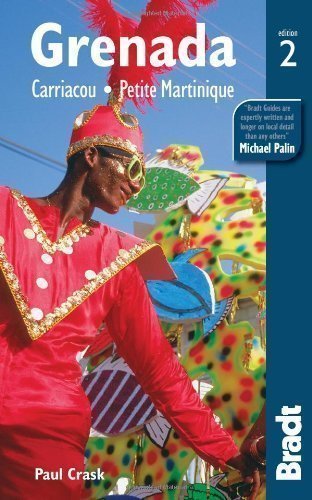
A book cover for Grenada: Carriacou . Petite Martinique (Bradt Travel Guides) by Crask, Paul 2nd (second) Edition (2012); Travel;